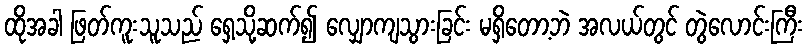
ထိုအခါ ဖြတ်ကူးသူသည် ရှေ့သို့ဆက်၍ လျှောကျသွားခြင်း မရှိတော့ဘဲ အလယ်တွင် တွဲလောင်းကြီး